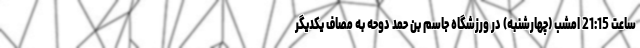
ساعت 21:15 امشب (چهارشنبه) در ورزشگاه جاسم بن حمد دوحه به مصاف یکدیگر